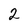
Character: 2